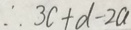
\therefore 3 c + d - 2 a